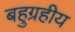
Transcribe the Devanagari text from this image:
बहुग्रहीय